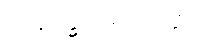
ထိနမိဒ္ဓသမ္ပယုတ္တာ